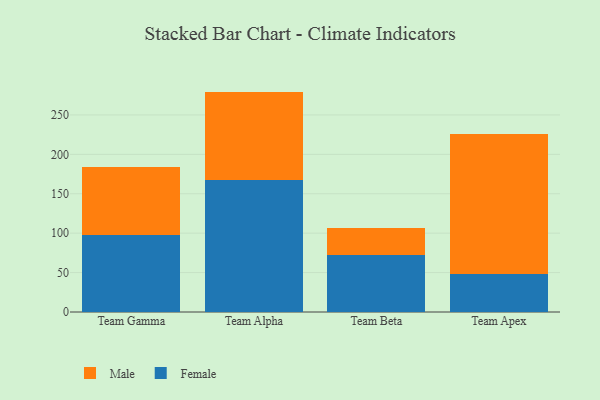
{"axis": {"x": "Team", "y": "Energy Usage (MWh)"}, "legend": ["Female", "Male"], "data": [{"x": "Team Gamma", "y": 97.6, "type": "Female"}, {"x": "Team Gamma", "y": 86.2, "type": "Male"}, {"x": "Team Alpha", "y": 167.9, "type": "Female"}, {"x": "Team Alpha", "y": 111.7, "type": "Male"}, {"x": "Team Beta", "y": 72.4, "type": "Female"}, {"x": "Team Beta", "y": 34.1, "type": "Male"}, {"x": "Team Apex", "y": 48.4, "type": "Female"}, {"x": "Team Apex", "y": 177.0, "type": "Male"}]}